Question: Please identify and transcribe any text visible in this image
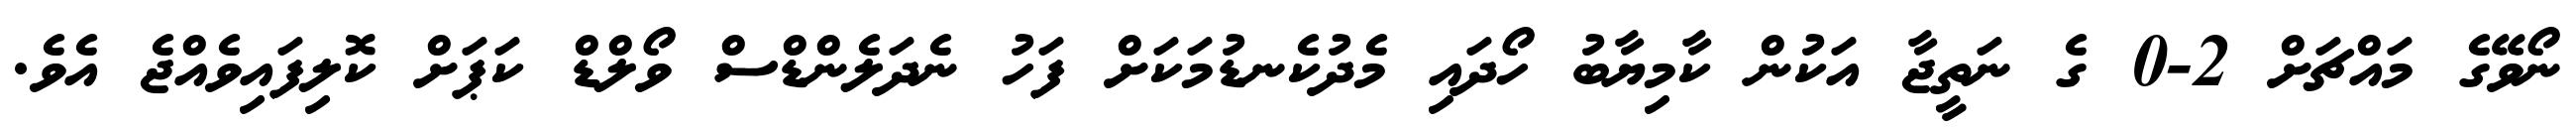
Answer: ނޯވޭގެ މައްޗަށް 2-0 ގެ ނަތީޖާ އަކުން ކާމިޔާބު ހޯދައި މެދުކެނޑުމަކަށް ފަހު ނެދަލެންޑްސް ވޯލްޑް ކަޕަށް ކޮލިފައިވެއްޖެ އެވެ.